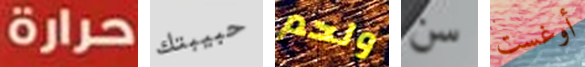
حرارة حبيبتك ولحم سن أوغست